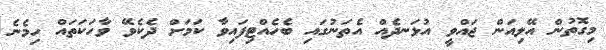
މިގޮތުން އޭލިއަން ޖައްވީ އުޅަނދެއް އެތަނުގައި ބެހެއްޓިފައިވާ ކަމަށް ދެކެވޭ ވާހަކަތައް ހިމެނެ